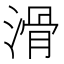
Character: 滑